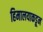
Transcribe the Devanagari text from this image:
हिमालयाकडून